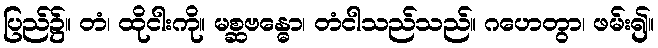
ပြည်၌။ တံ၊ ထိုငါးကို။ မစ္ဆဗန္ဓော၊ တံငါသည်သည်။ ဂဟေတွာ၊ ဖမ်း၍။